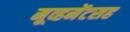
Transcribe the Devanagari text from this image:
मूव्हमेंटसह